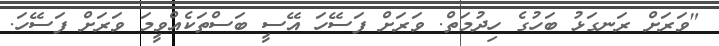
"ވަރަށް ރަނގަޅު ބަހުގެ ހިދުމަތް. ވަރަށް ފަސޭހަ އޭސީ ބަސްތަކެއްވީމަ ވަރަށް ފަސޭހަ.